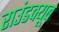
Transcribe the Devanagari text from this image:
राउंडक्यूब